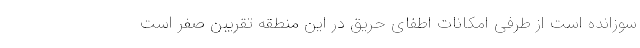
سوزانده است از طرفی امکانات اطفای حریق در این منطقه تقریبن صفر است